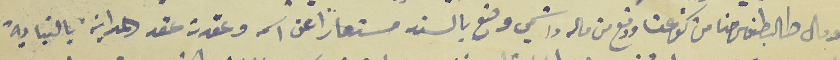
هو مال طالب طنوس حنا من كفرعقا ودفع من ماله واسَمي وضع بالسند مستعاراً عن اسمه وعقدت عقد المداينة بالنيابة